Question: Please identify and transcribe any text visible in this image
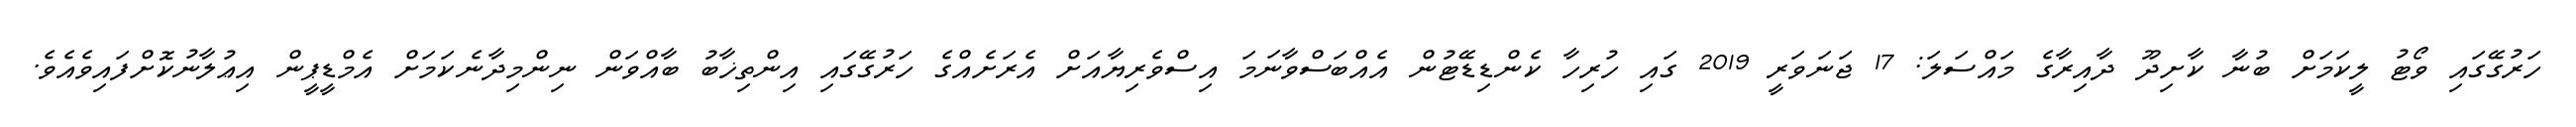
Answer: ހަރުގޭގައި ވޯޓު ލީކަމަށް ބުނާ ކާށިދޫ ދާއިރާގެ މައްސަލަ: 17 ޖަނަވަރީ 2019 ގައި ހުރިހާ ކެންޑިޑޭޓުން އެއްބަސްވާނަމަ އިސްވެރިޔާއަށް އެރަށެއްގެ ހަރުގޭގައި އިންތިޚާބު ބާއްވަން ނިންމިދާނެކަމަށް އެމްޑީޕީން އިޢުލާނުކޮށްފައިވެއެވެ.